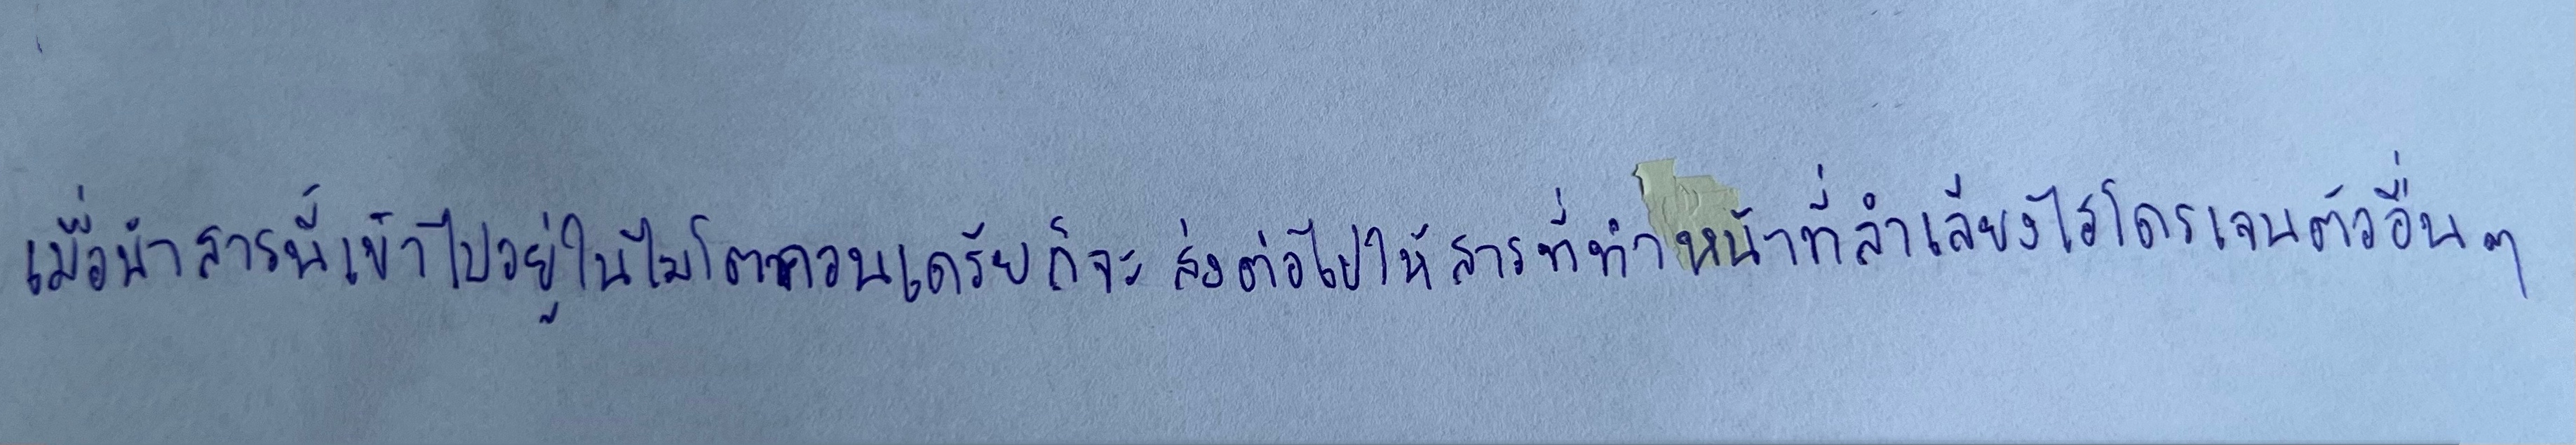
เมื่อนำสารนี้เข้าไปอยู่ในไมโตคอนเดรียก็จะส่งต่อไปให้สารที่ทำหน้าที่ลำเลียงไฮโดรเจนตัวอื่นๆ